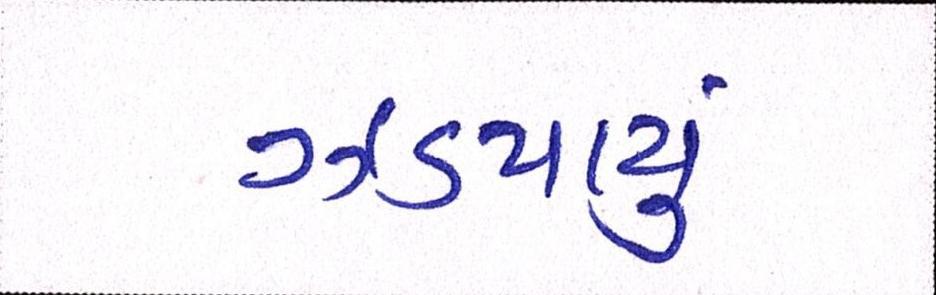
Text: ઝડપાયું